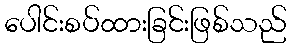
ပေါင်းစပ်ထားခြင်းဖြစ်သည်